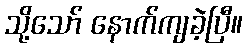
သို့သော် နောက်ကျခဲ့ပြီ။